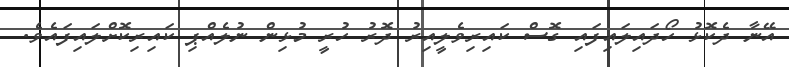
އޭނާ ދެކޮޅު ހޯދައިލައިފައި ގޮސް ކައިރިވެލީއިރު ދޮރު ހުރީ މުޅިން ނުލެއްޕި ކައިރިކޮށްލައިފައެވެ.